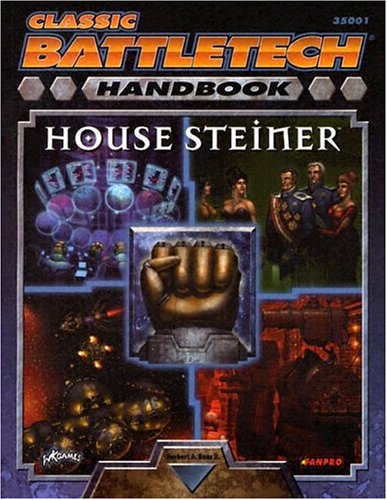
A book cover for Classic Battletech Handbook: House Steiner (FPR35001); FanPro; Science Fiction & Fantasy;